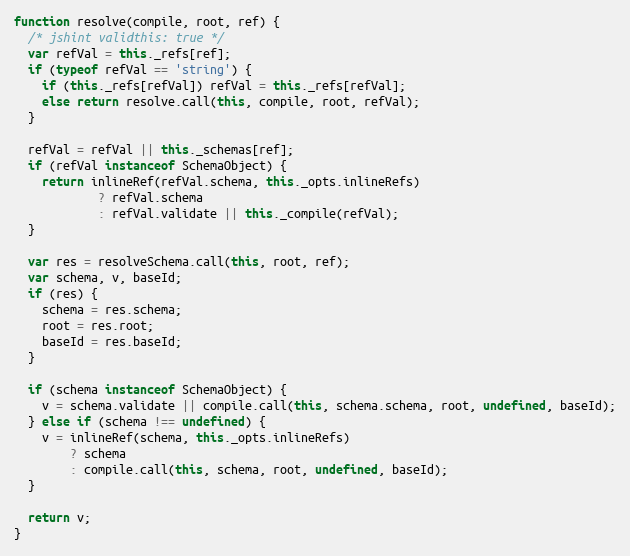
Language: JavaScript
function resolve(compile, root, ref) {
  /* jshint validthis: true */
  var refVal = this._refs[ref];
  if (typeof refVal == 'string') {
    if (this._refs[refVal]) refVal = this._refs[refVal];
    else return resolve.call(this, compile, root, refVal);
  }

  refVal = refVal || this._schemas[ref];
  if (refVal instanceof SchemaObject) {
    return inlineRef(refVal.schema, this._opts.inlineRefs)
            ? refVal.schema
            : refVal.validate || this._compile(refVal);
  }

  var res = resolveSchema.call(this, root, ref);
  var schema, v, baseId;
  if (res) {
    schema = res.schema;
    root = res.root;
    baseId = res.baseId;
  }

  if (schema instanceof SchemaObject) {
    v = schema.validate || compile.call(this, schema.schema, root, undefined, baseId);
  } else if (schema !== undefined) {
    v = inlineRef(schema, this._opts.inlineRefs)
        ? schema
        : compile.call(this, schema, root, undefined, baseId);
  }

  return v;
}